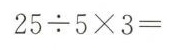
$$25 \div 5 \times 3 =$$